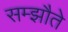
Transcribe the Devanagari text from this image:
सम्झौते